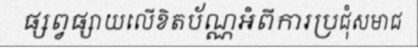
ផ្សព្វផ្សាយលើខិតប័ណ្ណអំពីការប្រជុំសមាជ